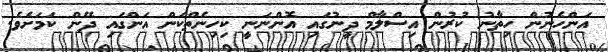
އަންހެނުން ހިތާނު ކުރުން އިސްލާމް ދީނުގައި އޮންނަނީ ކިހިނެތްކަން އަންގައި ދޭން ކަމަށެވެ.